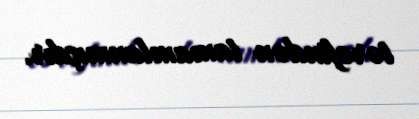
tərəfindən tamamlanmışdır.